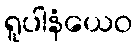
ရူပါနံယေဝ